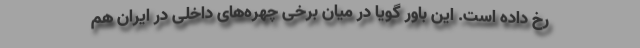
رخ داده است. این باور گویا در میان برخی چهره‌های داخلی در ایران هم